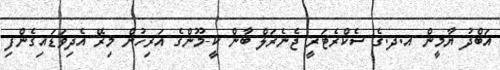
އަބްދު ޔާމީން އ.ދ.ގެ ސެކްރެޓަރީ ޖެނެރަލް ބާން ކީ-މޫންގެ އަރިހުން މިރޭ އެދިވަޑައިގެންފި